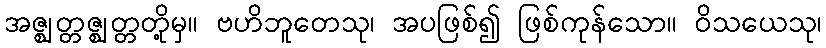
အဇ္ဈတ္တဇ္ဈတ္တတို့မှ။ ဗဟိဘူတေသု၊ အပဖြစ်၍ ဖြစ်ကုန်သော။ ဝိသယေသု၊